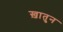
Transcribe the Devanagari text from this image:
ख़ातुन